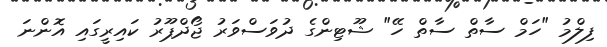
ފިލްމު "ހަމް ސާތް ސާތް ހޭ" ޝޫޓިންގެ ދުވަސްވަރު ޖޯދްޕޫރު ކައިރީގައި އޮންނަ